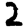
Digit: 2